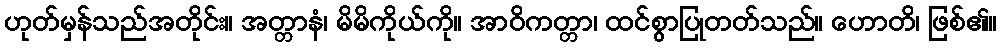
ဟုတ်မှန်သည်အတိုင်း။ အတ္တာနံ၊ မိမိကိုယ်ကို။ အာဝိကတ္တာ၊ ထင်စွာပြုတတ်သည်။ ဟောတိ၊ ဖြစ်၏။